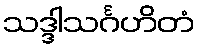
သဒ္ဒါသင်္ဂဟိတံ